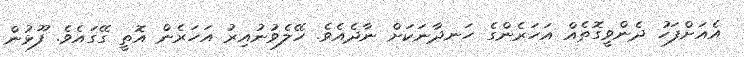
އެއަށްފަހު ދެންވީގޮތެއް އަހަރެންގެ ހަނދާނަކަށް ނާދެއެވެ. ހޭލެވުނުއިރު އަހަރެން އޮތީ ގޭގައެވެ. ފޫޅުން